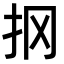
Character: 㧏